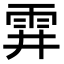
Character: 䨍